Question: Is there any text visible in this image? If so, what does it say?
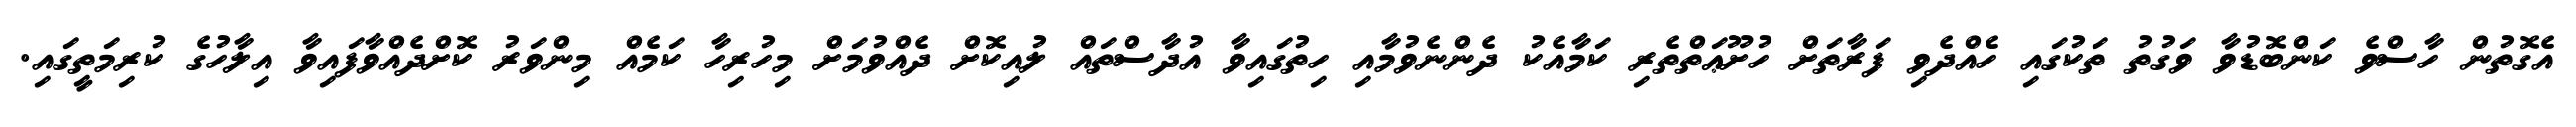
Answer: އެގޮތުން ހާސްވެ ކަންބޮޑުވާ ވަގުތު ތަކުގައި ހެއްދެވި ފަރާތަށް ހުށޫޢަތްތެރި ކަމާއެކު ދެންނެވުމާއި ހިތުގައިވާ އުދާސްތައް ލުއިކޮށް ދެއްވުމަށް މިހުރިހާ ކަމެއް މިންވަރު ކޮށްދެއްވާފައިވާ އިލާހުގެ ކުރިމަތީގައި.